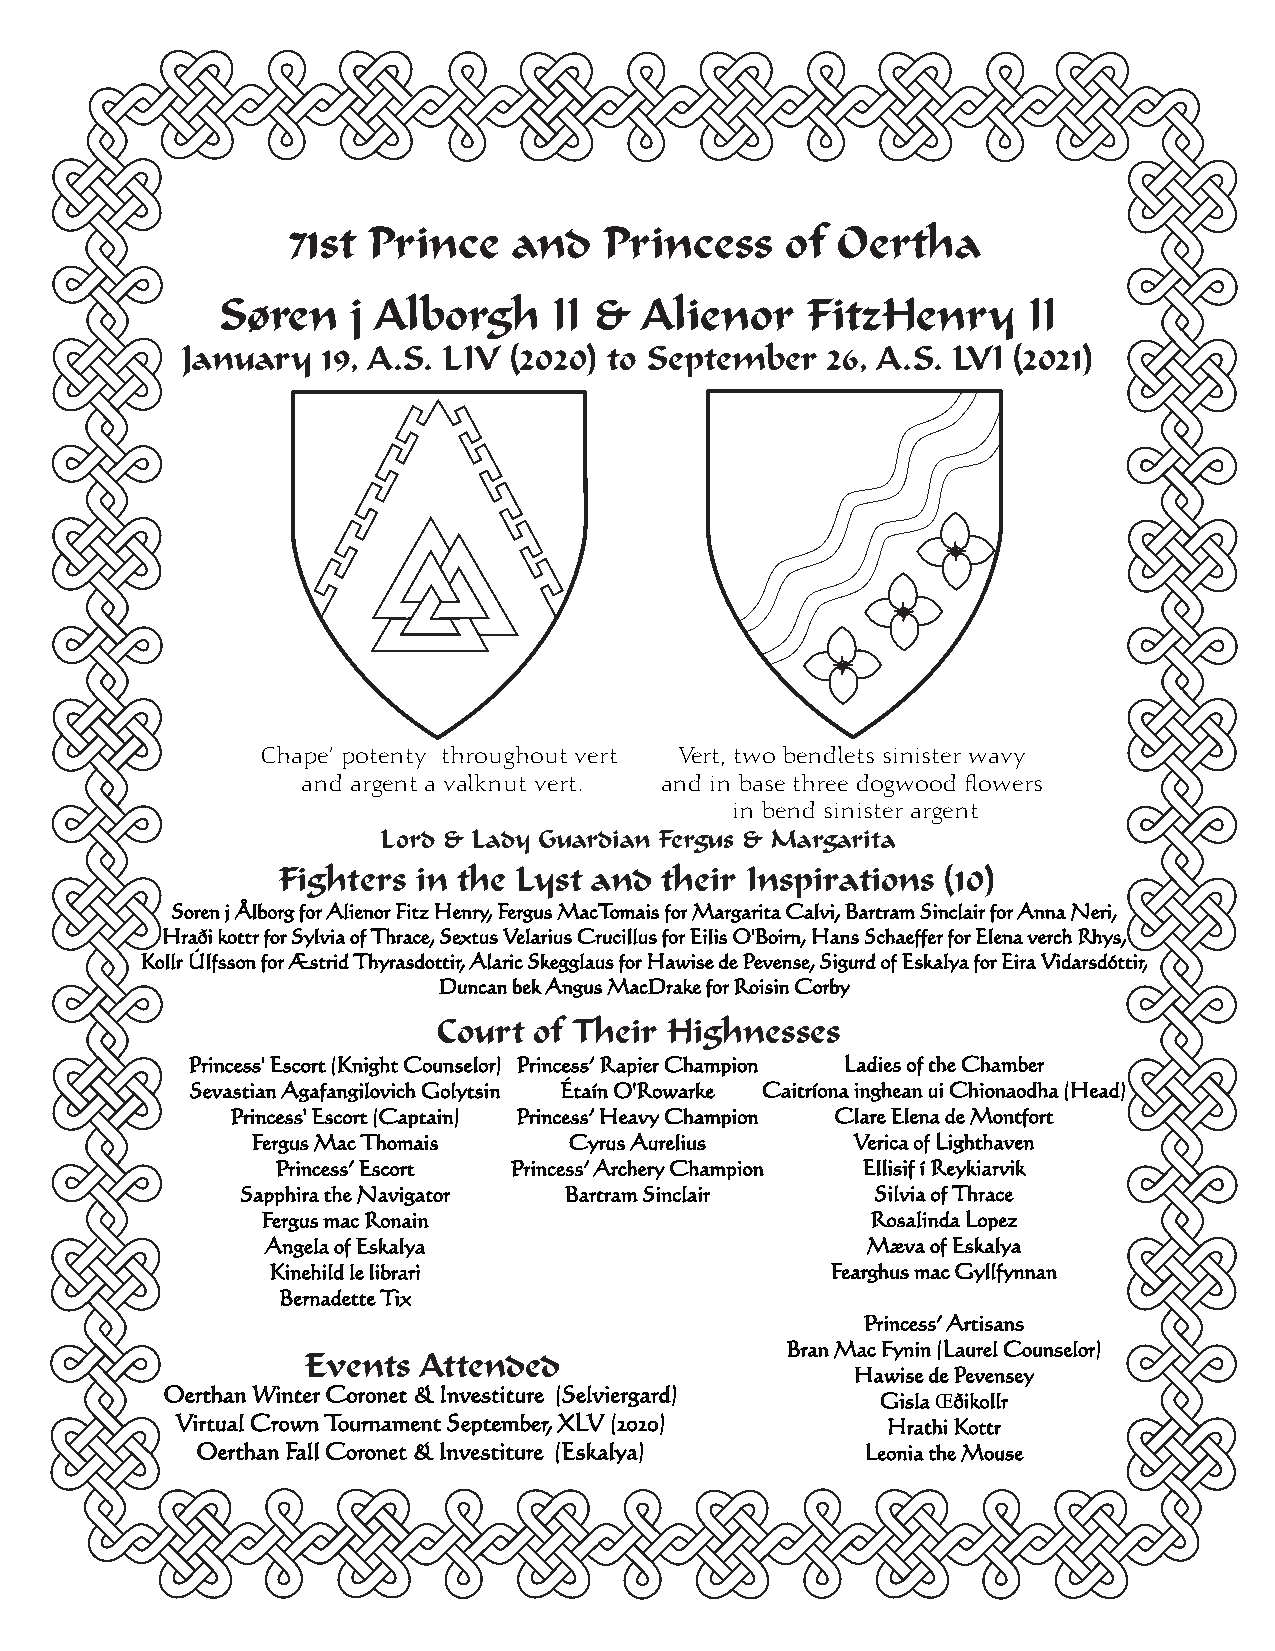
71st Prince    and   Princess    of Oertha
 Søren    j Alborgh     II &  Alienor   FitzHenry      II
 January  19, A.S. LIV (2020) to September  26, A.S. LVI (2021)
 Chape’ potenty throughout vert Vert, two bendlets sinister wavy
 and argent a valknut vert. and in base three dogwood flowers
 in bend sinister argent
 Lord & Lady Guardian Fergus & Margarita
 Fighters  in the Lyst and their Inspirations (10)
 Soren j Ålborg for Alienor Fitz Henry, Fergus MacTomais for Margarita Calvi, Bartram Sinclair for Anna Neri,
 Hraði kottr for Sylvia of Thrace, Sextus Velarius Crucillus for Eilis O'Boirn, Hans Schaeffer for Elena verch Rhys,
 Kollr Úlfsson for Æstrid Thyrasdottir, Alaric Skegglaus for Hawise de Pevense, Sigurd of Eskalya for Eira Vidarsdóttir,
 Duncan bek Angus MacDrake for Roisin Corby
 Court of Their Highnesses
 Princess' Escort (Knight Counselor) Princess’ Rapier Champion Ladies of the Chamber
 Sevastian Agafangilovich Golytsin Étaín O'Rowarke Caitríona inghean ui Chionaodha (Head)
 Princess' Escort (Captain) Princess’ Heavy Champion Clare Elena de Montfort
 Fergus Mac Thomais   Cyrus Aurelius     Verica of Lighthaven
 Princess’ Escort Princess’ Archery Champion Ellisif í Reykiarvik
 Sapphira the Navigator Bartram Sinclair   Silvia of Thrace
 Fergus mac Ronain                        Rosalinda Lopez
 Angela of Eskalya                      Mæva of Eskalya
 Kinehild le librari                  Fearghus mac Gyllfynnan
 Bernadette Tix
 Princess’ Artisans
 Bran Mac Fynin (Laurel Counselor)
 Events  Attended
 Hawise de Pevensey
 Oerthan Winter Coronet & Investiture (Selviergard)
 Gisla Œðikollr
 Virtual Crown Tournament September, XLV (2020) Hrathi Kottr
 Oerthan Fall Coronet & Investiture (Eskalya) Leonia the Mouse